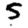
Digit: 5